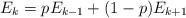
LaTeX: \begin{align*}E_k=p E_{k-1}+(1-p)E_{k+1}\end{align*}